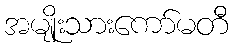
အမျိုးသားကော်မတီ